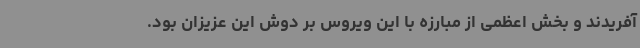
آفریدند و بخش اعظمی از مبارزه با این ویروس بر دوش این عزیزان بود.